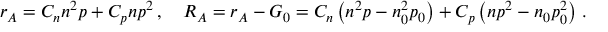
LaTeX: r _ { A } = C _ { n } n ^ { 2 } p + C _ { p } n p ^ { 2 } \, , \quad R _ { A } = r _ { A } - G _ { 0 } = C _ { n } \left( n ^ { 2 } p - n _ { 0 } ^ { 2 } p _ { 0 } \right) + C _ { p } \left( n p ^ { 2 } - n _ { 0 } p _ { 0 } ^ { 2 } \right) \, .